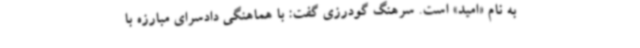
به نام «امید» است. سرهنگ گودرزی گفت: با هماهنگی دادسرای مبارزه با